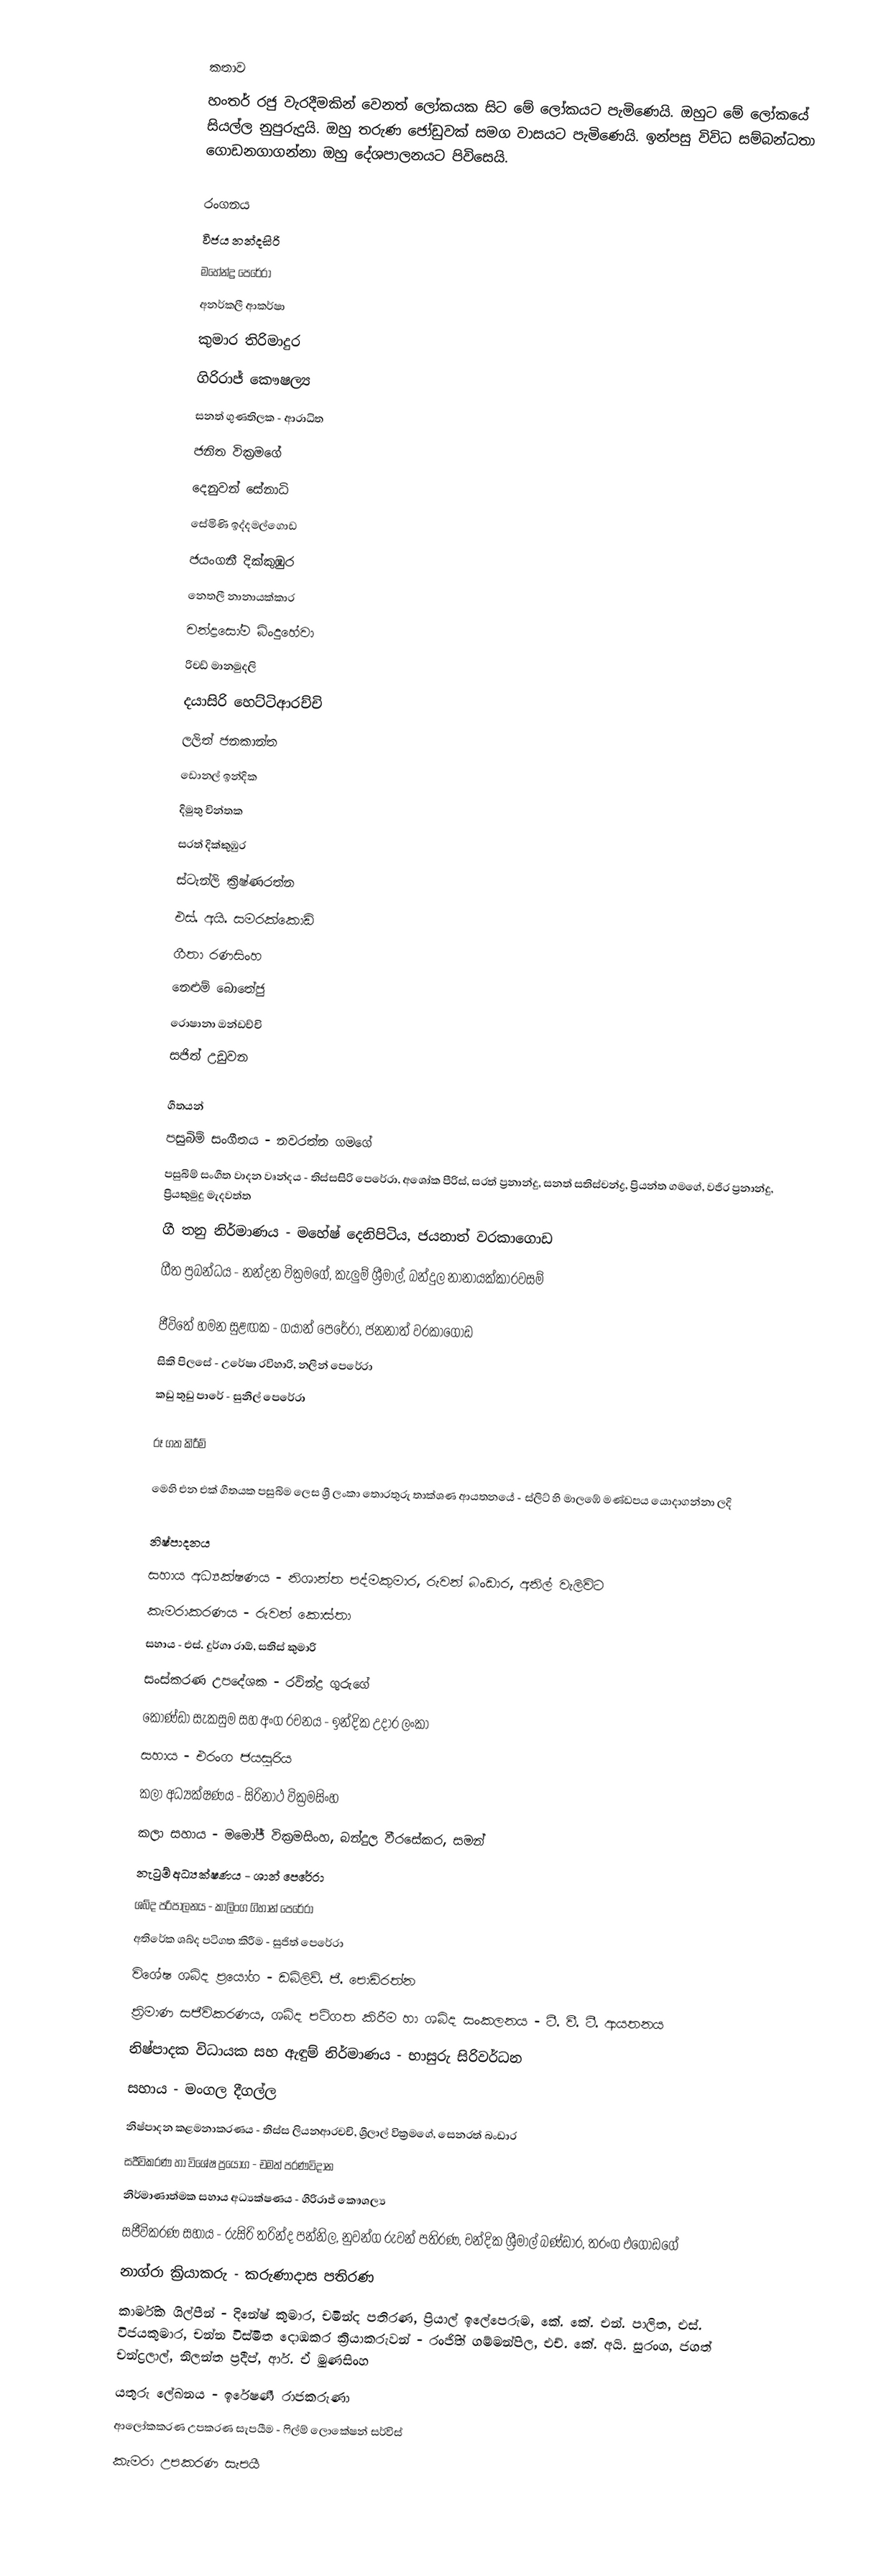

කතාව
හංතර් රජු වැරදීමකින් වෙනත් ලෝකයක සිට මේ ලෝකයට පැමිණෙයි. ඔහුට මේ ලෝකයේ සියල්ල නුපුරුදුයි. ඔහු තරුණ ජෝඩුවක් සමග වාසයට පැමිණෙයි. ඉන්පසු විවිධ සම්බන්ධතා ගොඩනගාගන්නා ඔහු දේශපාලනයට පිවිසෙයි.

රංගනය
විජය නන්දසිරි
මහේන්ද්‍ර පෙරේරා
අනර්කලී ආකර්ෂා
කුමාර තිරිමාදුර
ගිරිරාජ් කෞෂල්‍ය
සනත් ගුණතිලක - ආරාධිත
ජනිත වික්‍රමගේ
දෙනුවන් සේනාධි
සේමිණි ඉද්දමල්ගොඩ
ජයංගනී දික්කුඹුර
නෙතලී නානායක්කාර
චන්ද්‍රසෝම බිංදුහේවා
රිචඩ් මානමුදලි
දයාසිරි හෙට්ටිආරච්චි
ලලිත් ජනකාන්ත
ඩොනල් ඉන්දික
දිමුතු චින්තක
සරත් දික්කුඹුර
ස්ටැන්ලි ක්‍රිෂ්ණරත්න
එස්. අයි. සමරක්කොඩි
ගීතා රණසිංහ
නෙළුම් බොතේජු
රොෂානා ඔන්ඩච්චි
සජිත් උඩුවන

ගීතයන්
පසුබිම් සංගීතය - නවරත්න ගමගේ
පසුබිම් සංගීත වාදන වෘන්දය - තිස්සසිරි පෙරේරා, අශෝක පීරිස්, සරත් ප්‍රනාන්දු, සනත් සතිස්චන්ද්‍ර, ප්‍රියන්ත ගමගේ, වජිර ප්‍රනාන්දු, ප්‍රියකුමුදු මැදවත්ත
ගී තනු නිර්මාණය - මහේෂ් දෙනිපිටිය, ජයනාත් වරකාගොඩ
ගීත ප්‍රබන්ධය - නන්දන වික්‍රමගේ, කැලුම් ශ්‍රීමාල්, බන්දුල නානායක්කාරවසම්

ජීවිතේ හමන සුළඟක - ගයාන් පෙරේරා, ජනනාත් වරකාගොඩ
සිකි පිලසේ - උරේෂා රවිහාරි, නලින් පෙරේරා
කඩු තුඩු පාරේ - සුනිල් පෙරේරා

රූ ගත කිරීම්

මෙහි එන එක් ගීතයක පසුබිම ලෙස ශ්‍රී ලංකා තොරතුරු තාක්ශණ ආයතනයේ - ස්ලිට් හි මාලඹේ මණ්ඩපය යොදාගන්නා ලදි

නිෂ්පාදනය
සහාය අධ්‍යක්ෂණය - නිශාන්ත පද්මකුමාර, රුවන් බංඩාර, අනිල් වැලිවිට
කැමරාකරණය - රුවන් කොස්තා
සහාය - එස්. දුර්ගා රාඕ, සතිස් කුමාරි
සංස්කරණ උපදේශක - රවින්ද්‍ර ගුරුගේ
කොණ්ඩා සැකසුම සහ අංග රචනය - ඉන්දික උදාර ලංකා
සහාය - එරංග ජයසුරිය
කලා අධ්‍යක්ෂණය - සිරිනාථ වික්‍රමසිංහ
කලා සහාය - මමෝජ් වික්‍රමසිංහ, බන්දුල වීරසේකර, සමන්
නැටුම් අධ්‍යක්ෂණය - ශාන් පෙරේරා
ශබ්ද පරිපාලනය - කාලිංග ගිහාන් පෙරේරා
අතිරේක ශබ්ද පටිගත කිරීම - සුජිත් පෙරේරා
විශේෂ ශබ්ද ප්‍රයෝග - ඩබ්ලිව්. ජී. පොඩිරත්න
ත්‍රිමාණ සජීවිකරණය, ශබ්ද පටිගත කිරීම හා ශබ්ද සංකලනය - ටී. වී. ටී. ආයතනය
නිෂ්පාදක විධායක සහ ඇඳුම් නිර්මාණය - භාසුරු සිරිවර්ධන
සහාය - මංගල දීගල්ල
නිෂ්පාදන කළමනාකරණය - තිස්ස ලියනආරචචි, ශ්‍රීලාල් වික්‍රමගේ, සෙනරත් බංඩාර
සජීවිකරණ හා විශේෂ ප්‍රයෝග - චමත් පරණවිදාන
නිර්මාණාත්මක සහාය අධ්‍යක්ෂණය - ගිරිරාජ් කෞශල්‍ය
සජීවිකරණ සහාය - රුසිරි තරින්ද පන්නිල, නුවන්ග රුවන් පතිරණ, චන්දික ශ්‍රීමාල් බණ්ඩාර, තරංග එගොඩගේ
නාග්රා ක්‍රියාකරු - කරුණාදාස පතිරණ
කාර්මික ශිල්පීන් - දිනේෂ් කුමාර, චමින්ද පතිරණ, ප්‍රියාල් ඉලේපෙරුම, කේ. කේ. එන්. පාලිත, එස්. විජයකුමාර, චන්න විස්මිත දොඹකර ක්‍රියාකරුවන් - රංජිිත් ගම්මන්පිල, එච්. කේ. අයි. සුරංග, ජගත් චන්ද්‍රලාල්, නිලන්ත ප්‍රදීප්, ආර්. ඒ මුණසිංහ
යතුරු ලේඛනය - ඉරේෂණී රාජකරුණා
ආලෝකකරණ උපකරණ සැපයීම - ෆිල්ම් ලොකේෂන් සර්විස්
කැමරා උපකරණ සැපයී